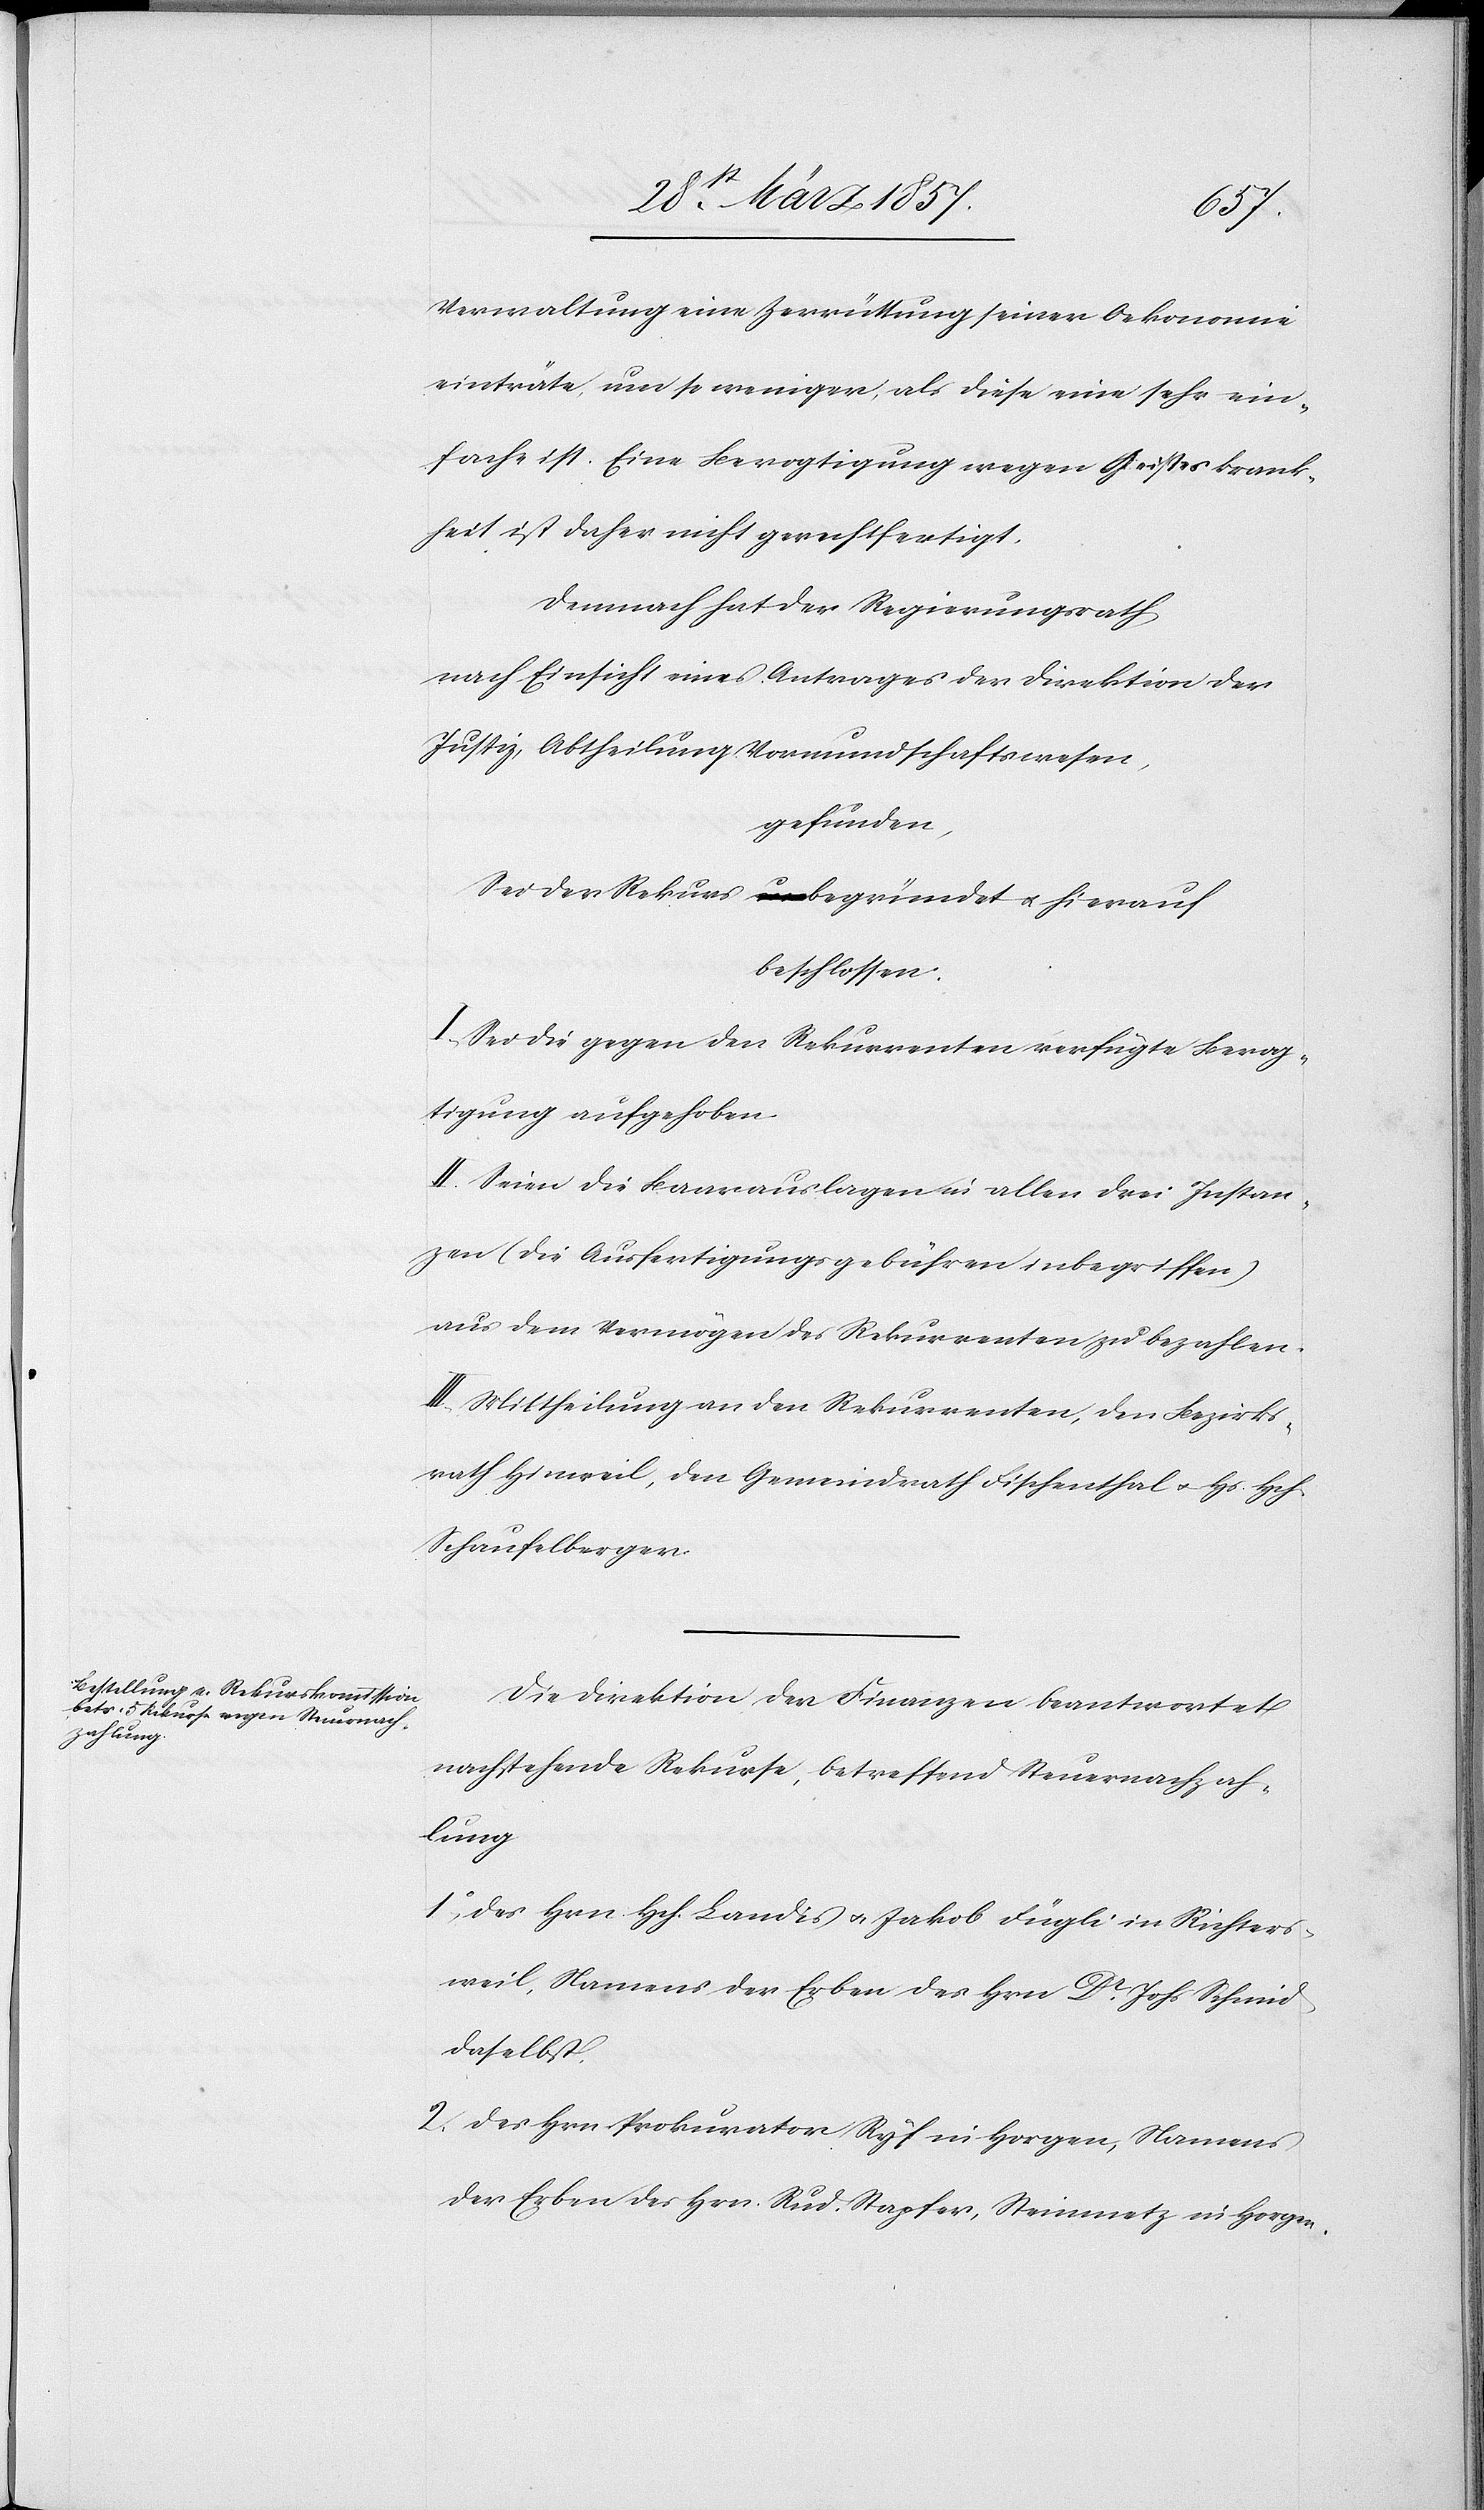
Verwaltung eine Zerrüttung seiner Oekonomie
einträte, um so weniger, als diese eine sehr ein¬
fache ist. Eine Bevogtigung wegen Geisteskrank¬
heit ist daher nicht gerechtfertigt,
Demnach hat der Regierungsrath
nach Einsicht eines Antrages der Direktion der
Justiz, Abtheilung Vormundschaftswesen,
gefunden,
Sei der Rekurs begründet u. hierauf
beschlossen:
I. Sei die gegen den Rekurrenten verfügte Bevog¬
tigung aufgehoben.
II. Seien die Baarauslagen in allen drei Instan¬
zen (die Ausfertigungsgebühren inbegriffen)
aus dem Vermögen des Rekurrenten zu bezahlen.
III. Mittheilung an den Rekurrenten, den Bezirks¬
rath Hinweil, den Gemeindrath Fischenthal u. Hs. Hch.
Schaufelberger.
Die Direktion der Finanzen beantwortet
nachstehende Rekurse, betreffend Steuernachzah¬
lung
1o Des Hrn Hch. Landis u. Jakob Fügli in Richters¬
weil, Namens der Erben des Hrn Dr Schmid
daselbst.
2. Des Hrn Prokurator Ryf in Horgen, Namens
der Erben des Hrn. Rud. Stapfer, Steinmetz in Horgen.